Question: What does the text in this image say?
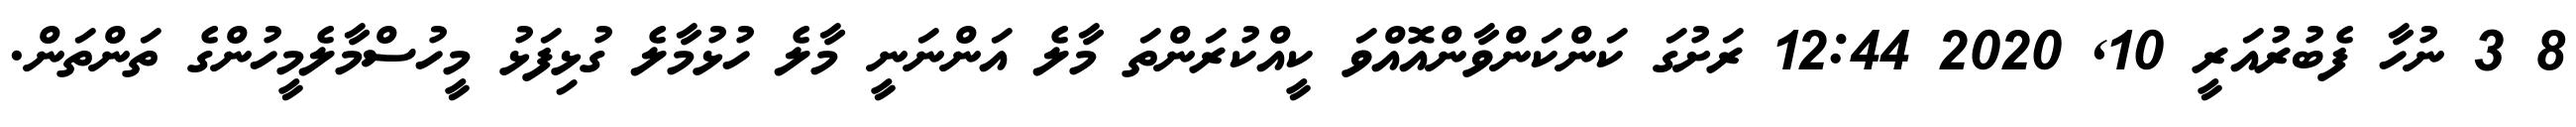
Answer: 8 3 ނުހާ ފެބުރުއަރީ 10, 2020 12:44 ރަށުގަ ކަންކަންވާންއޮއްވަ ކީއްކުރަންތަ މާލެ އަންނަނީ މާލެ ހުޅުމާލެ ގުޅިފަޅު މީހުސްމާލެމީހުންގެ ތަންތަން.